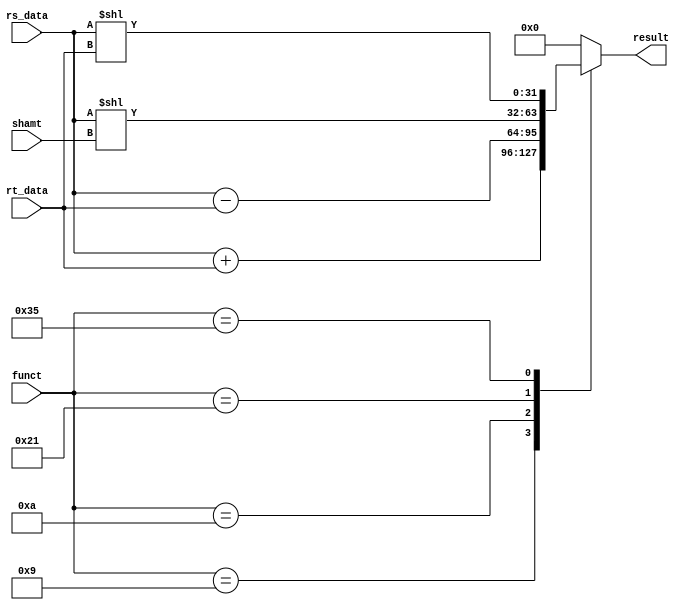
`define ADDU 6'b001001
`define SUBU 6'b001010
`define SLL 6'b100001
`define SLLV 6'b110101

module ALU
(
    input [31:0] rs_data,
    input [31:0] rt_data,
    input [5:0] funct,
    input [4:0] shamt,
    output reg [31:0] result
);

always @(*)
begin
    case(funct)
        `ADDU: result = rs_data + rt_data;
        `SUBU: result = rs_data - rt_data;
        `SLL: result = rs_data << shamt;
        `SLLV: result = rs_data << rt_data;
        default: result = 32'b0;
    endcase
end    

endmodule